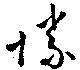
勝